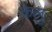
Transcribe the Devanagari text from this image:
केलु